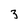
Character: 3